Emmaste_vallavalitsus, lk 40
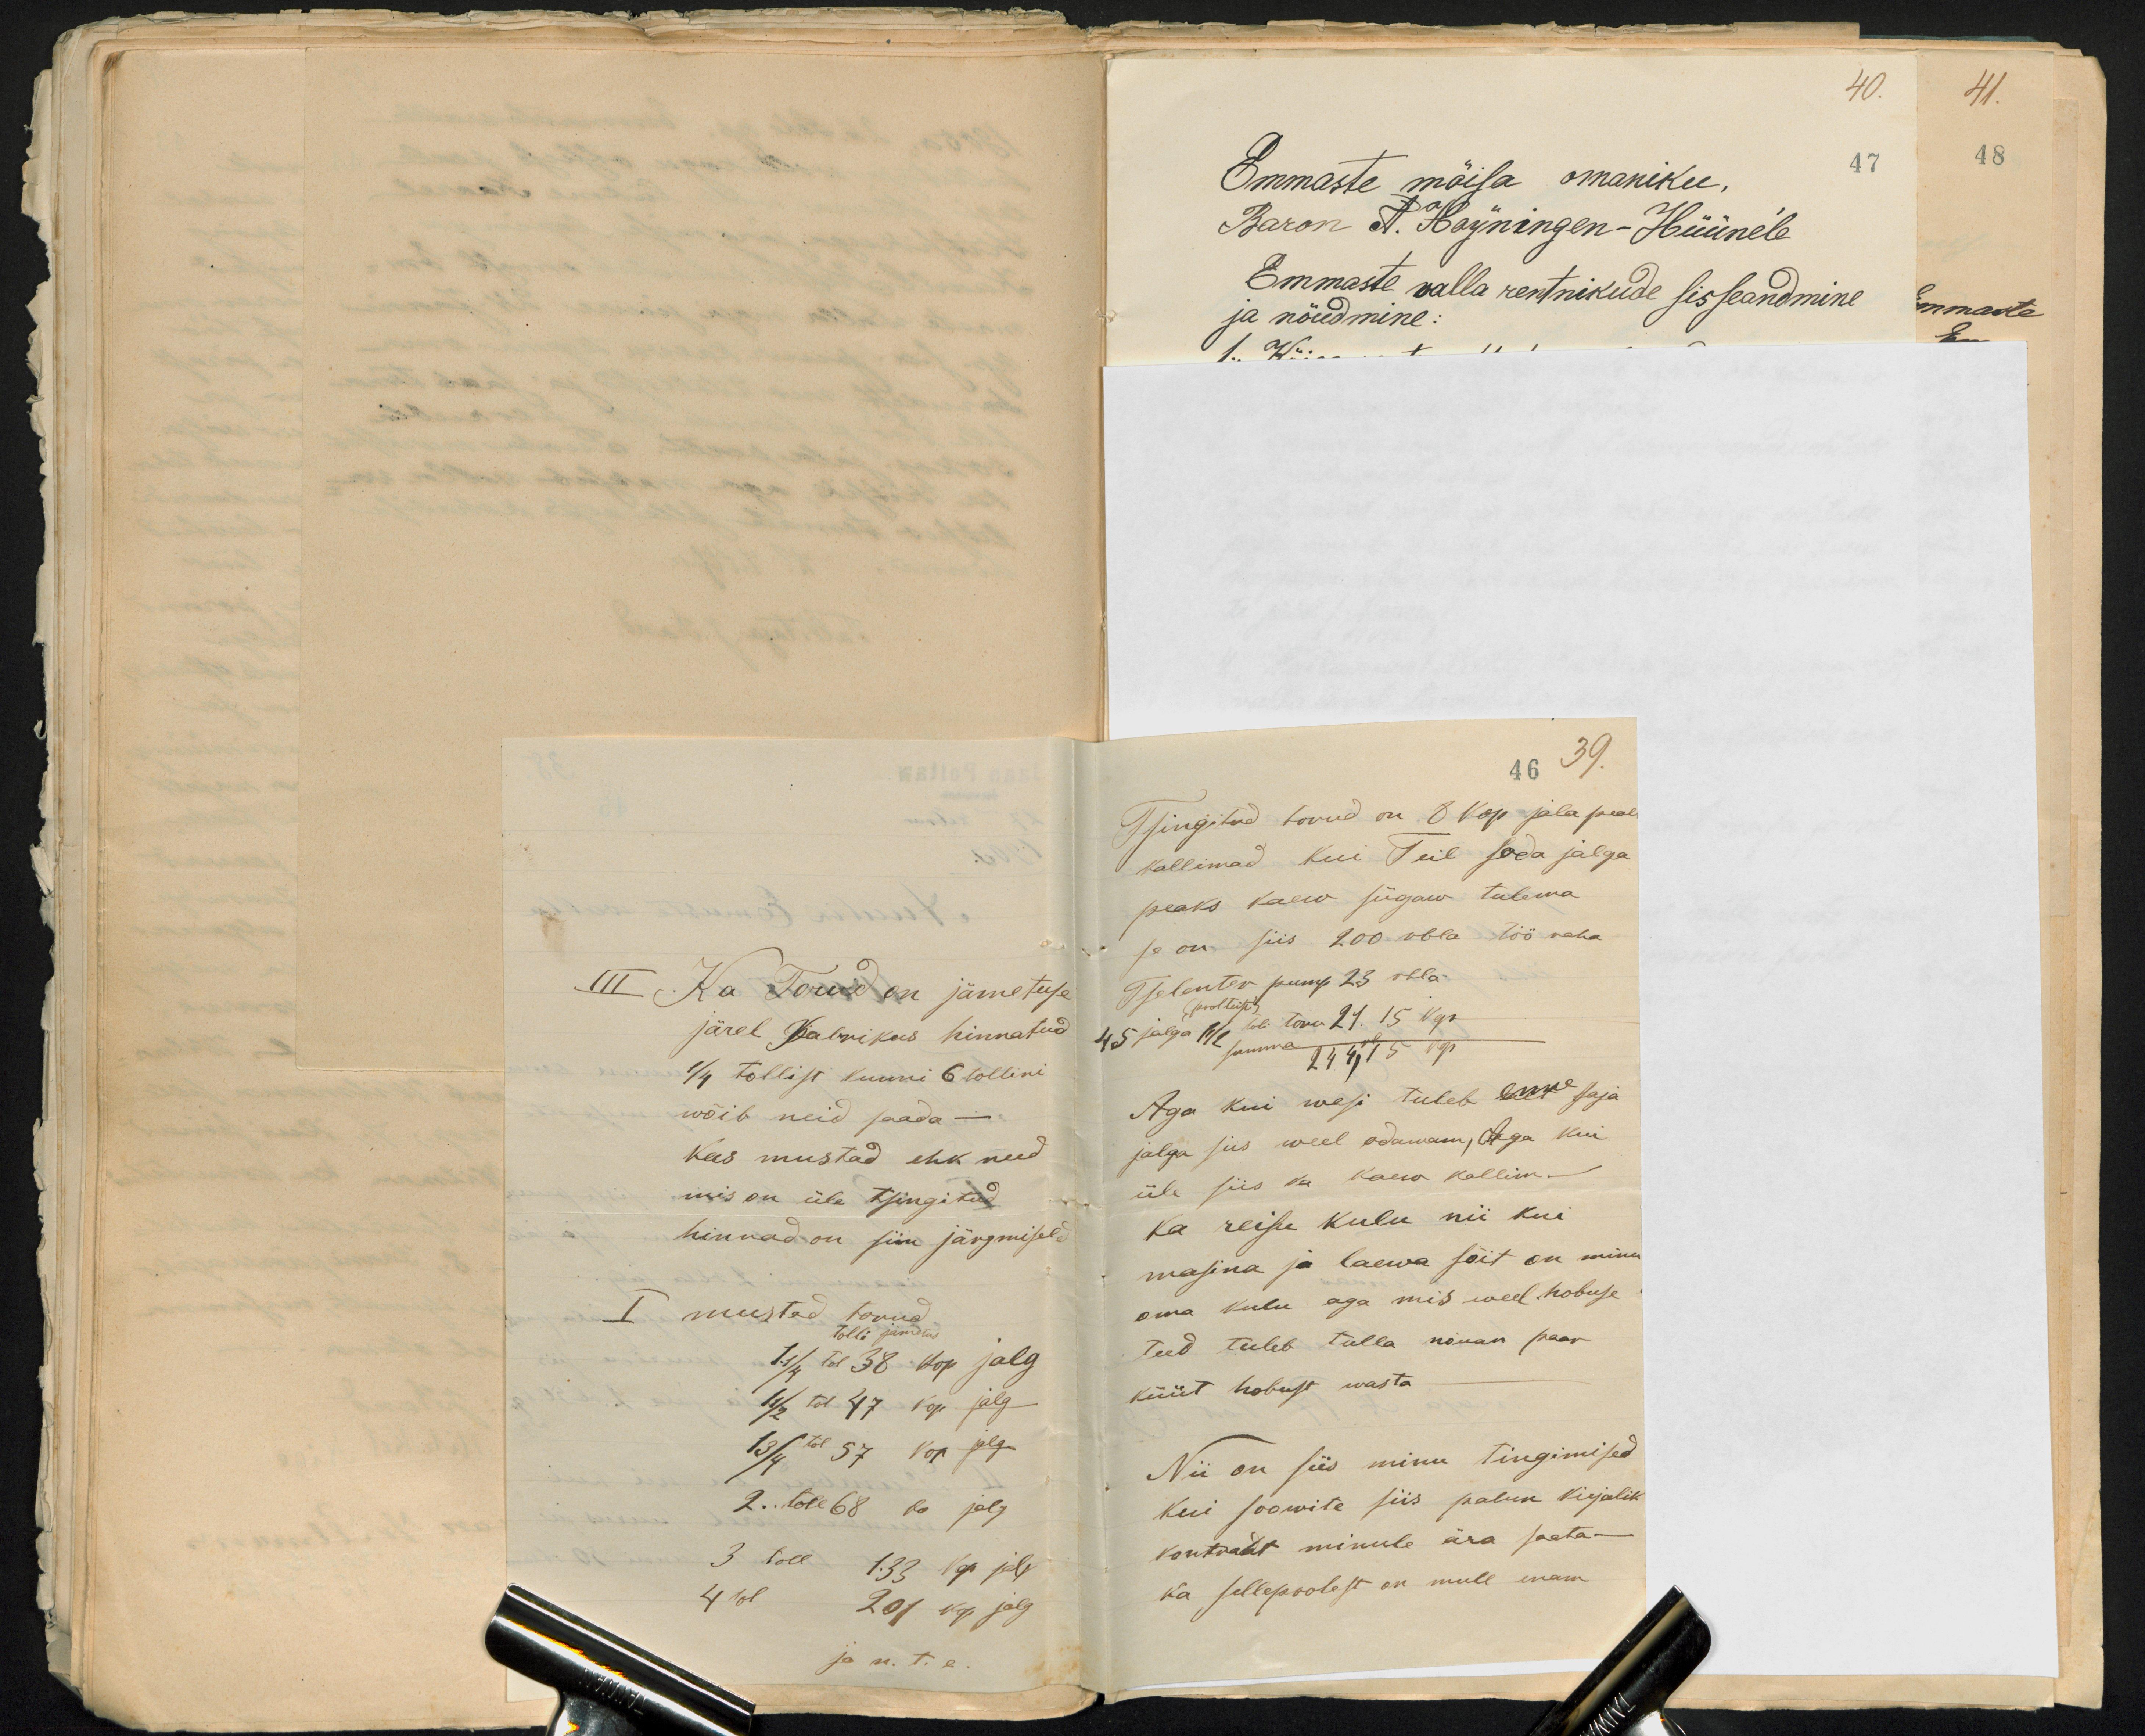
III Ka Torud on jämetuse
järel Kalwikus hinnatud
1/4 tollist kuuni 6 tollini
wõib neid saada -
Kas mustad ehk need
mis on üle tsingitud
hinnad on siin järgmiseld
I mustad torud
1 1/4 tol 38 kop jalg
1 1/2 tol 47 kop jalg
1 3/4 tol 57 kop jalg
2. toll 68 ko jalg
3 toll 133 kop jalg
4bl 201 kop. jalg.
ja n. t. e.

46 39.
Tsingitud torud on 8 kop jala peal
kallimad kui Teil sada jalga
peaks kaew sügaw tulema
se on siis 200 rbla töö raha
Tselenter pump 23 rbla
(poolteist)
45 jalga 1/2 toli toru 21. 15 kop
summa 244,rbl 15 kop
Aga kui wesi tuleb enne saja
jalga siis weel odawam, Aga kui
üle siis ka kaew kallim.-
Ka reisu kulu nii kui
masina ja laewa sõit on minu
oma kulu aga mis weel hobuse
teed tuleb tulla nõuan paar
küüt hobust wasta.
Nii on siis minu tingimised
Kui soowite siis palun kirjalik
kontrakt minule ära saata -
ka sellepoolest on mull enam